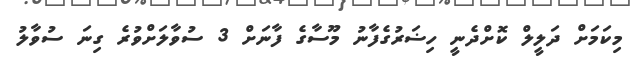
މިކަމަށް ދަލީލް ކޮށްދެނީ ހިޟަރުގެފާނު މޫސާގެ ފާނަށް 3 ސުވާލަށްވުރެ ގިނަ ސުވާލު